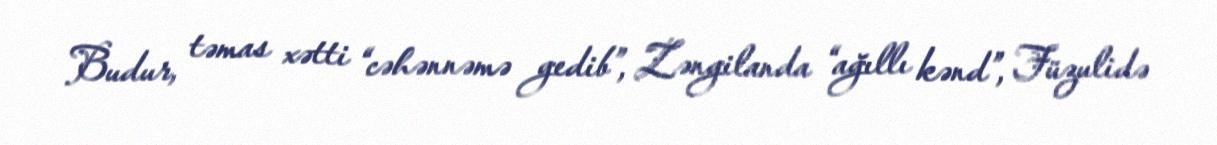
Budur, təmas xətti “cəhənnəmə gedib”, Zəngilanda “ağıllı kənd”, Füzulidə